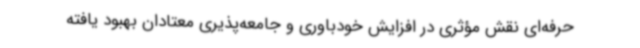
حرفه‌ای نقش مؤثری در افزایش خودباوری و جامعه‌پذیری معتادان بهبود یافته